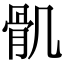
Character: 𩨒